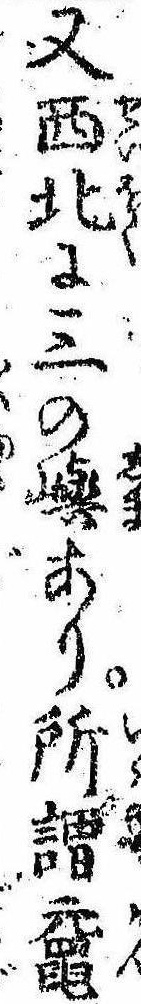
又西北に三の嶼あり所謂黿